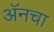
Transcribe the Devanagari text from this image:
अॅनचा